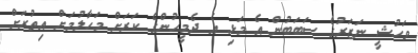
ވަހުޝީ ނަޒަރުގެ ސަބަބުން އެ މަޅި އެ ދެމީހުންގެ ކަރަށް މަހާލުމަށް އިތުރަށް